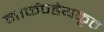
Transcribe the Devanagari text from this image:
मार्कण्डेयकृत